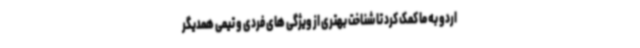
اردو به ما کمک کرد تا شناخت بهتری از ویژگی های فردی و تیمی همدیگر